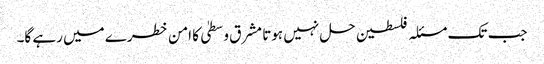
جب تک مسئلہ فلسطین حل نہیں ہوتا مشرق وسطیٰ کا امن خطرے میں رہے گا۔